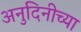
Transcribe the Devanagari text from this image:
अनुदिनीच्या